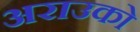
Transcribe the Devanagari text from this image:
अराउको